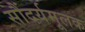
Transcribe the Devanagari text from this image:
सौंदर्यमूलक